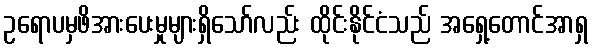
ဥရောပမှဖိအားပေးမှုများရှိသော်လည်း ထိုင်းနိုင်ငံသည် အရှေ့တောင်အာရှ